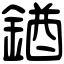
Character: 𨩊